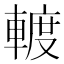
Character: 𨍏